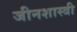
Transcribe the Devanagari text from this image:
जीनशास्त्री